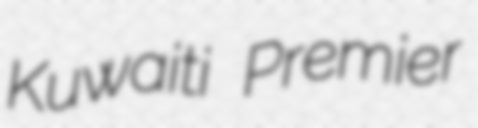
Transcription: Kuwaiti Premier